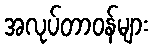
အလုပ်တာဝန်များ